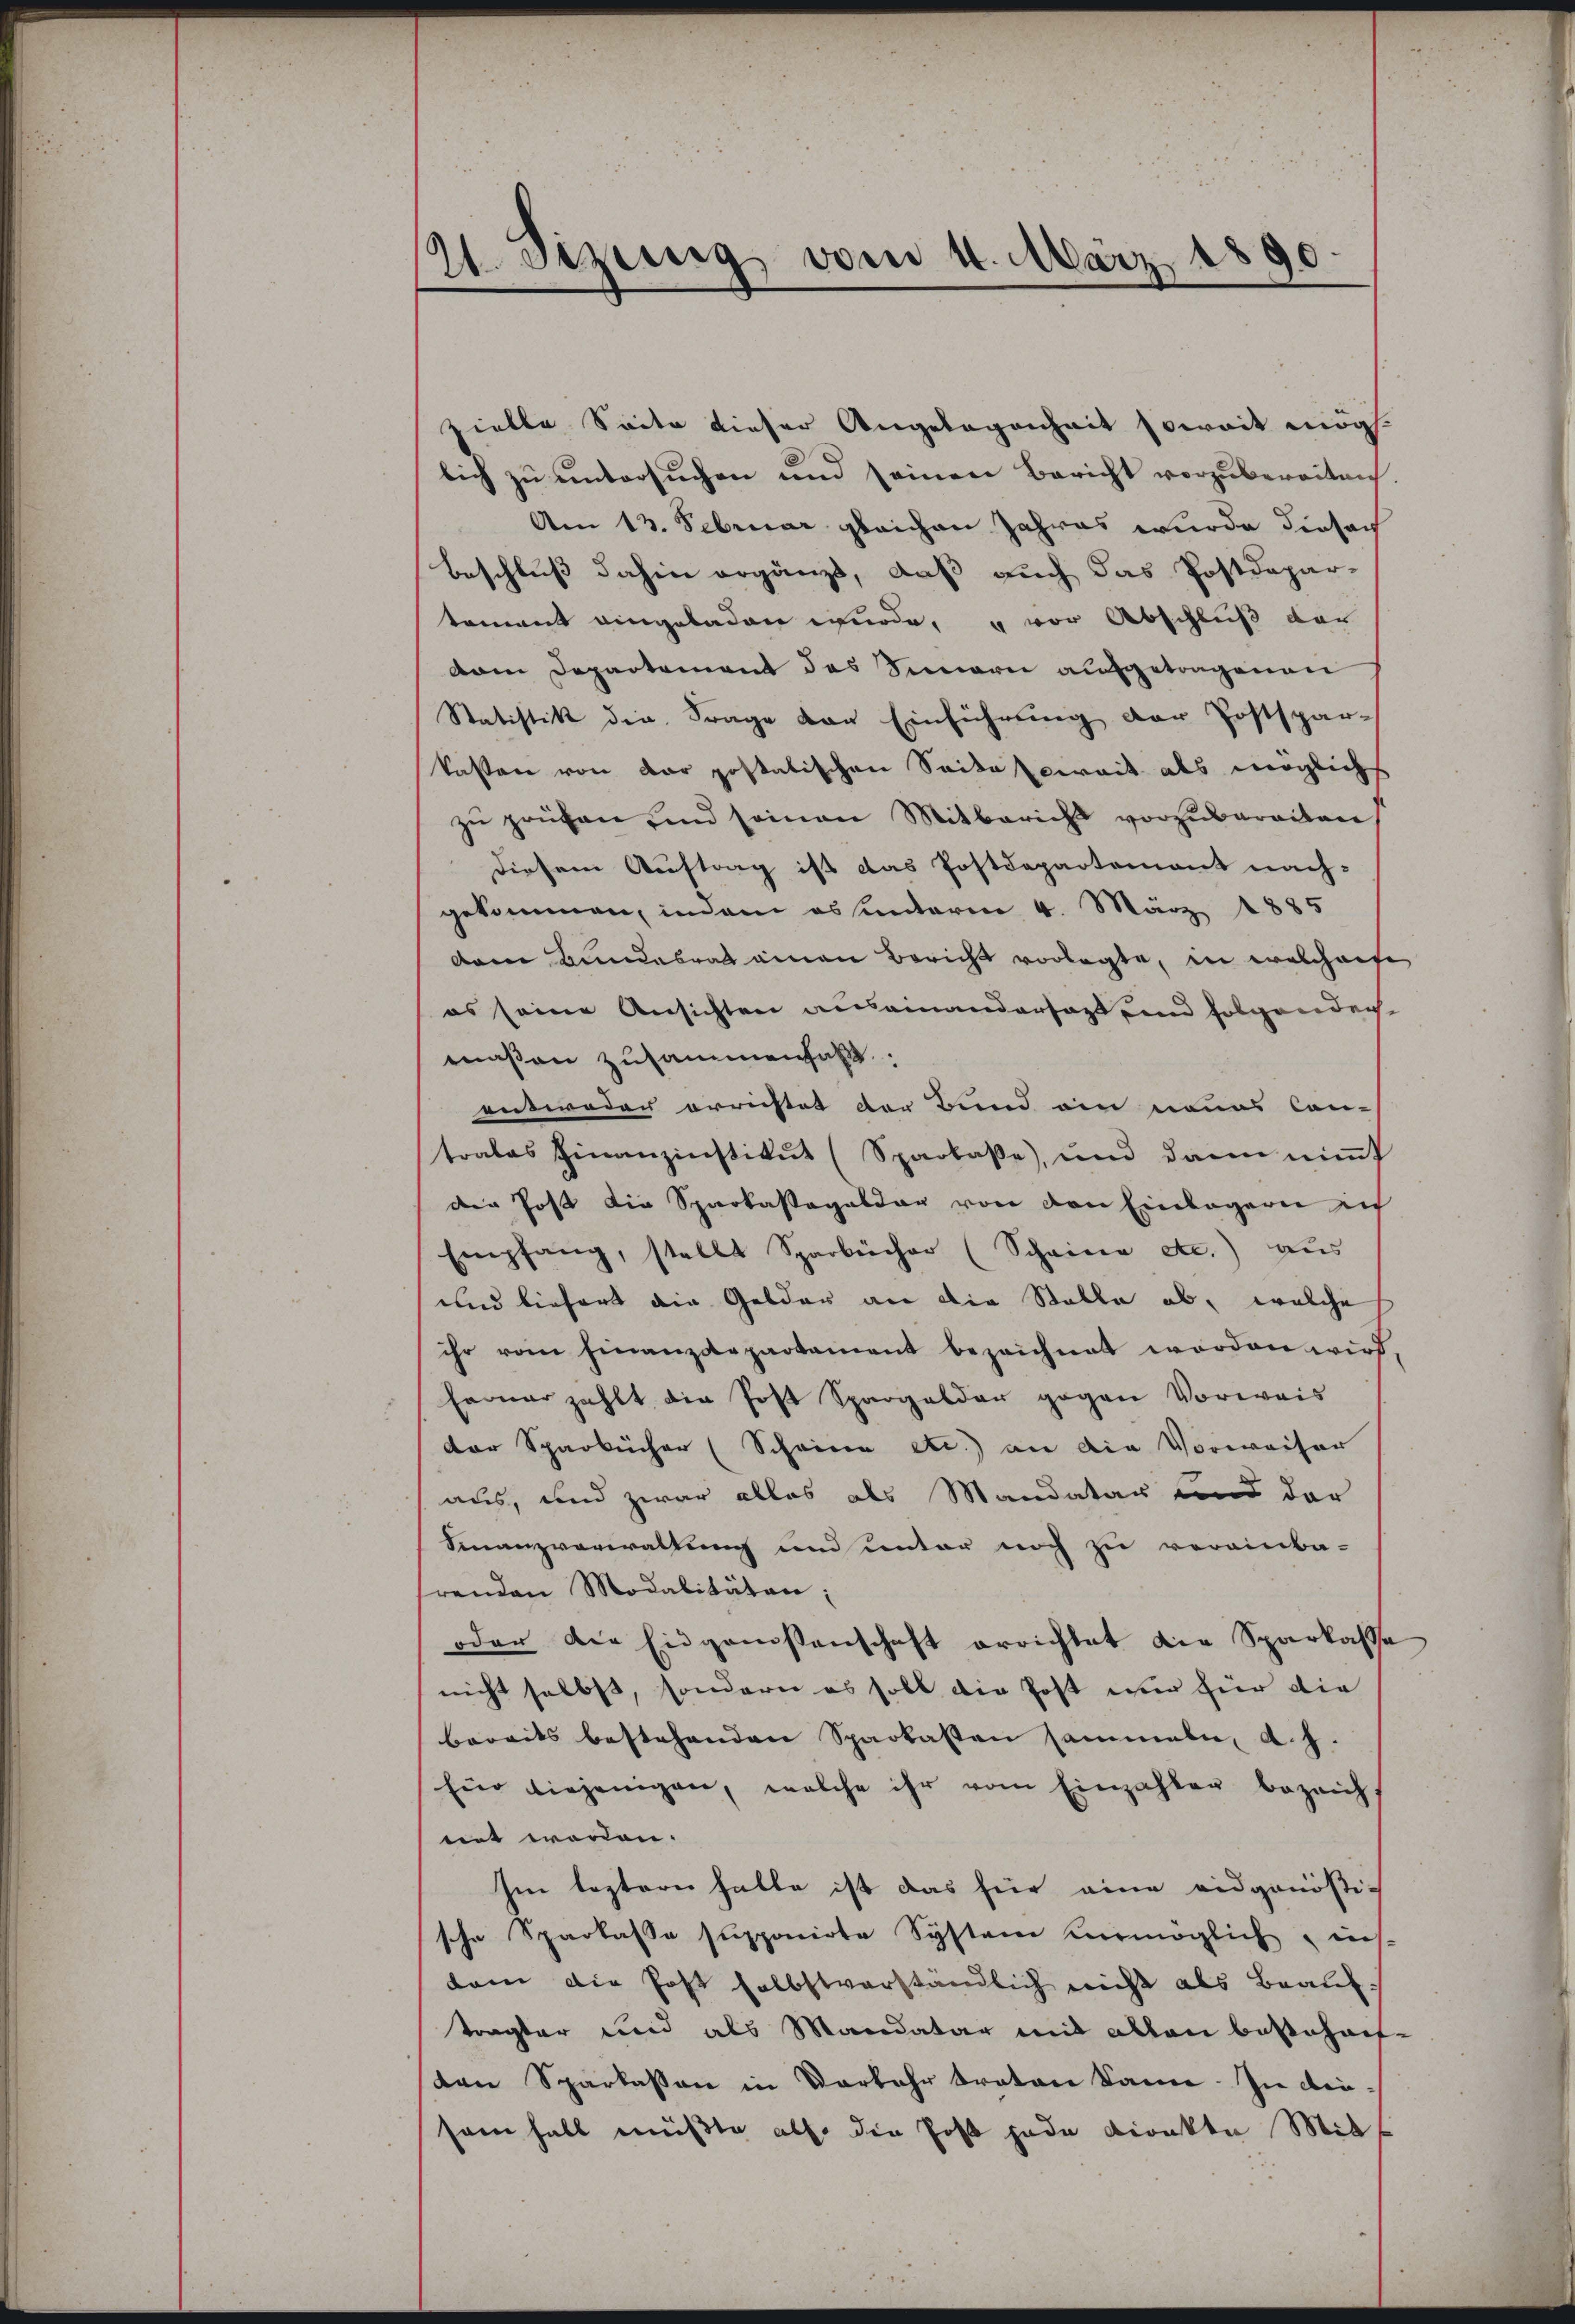
)
A. sezung vom 4. März 1890.

zielle Seite dieser Angelegenheit soweit mög
lich zu untersuchen und seinen Bericht vorzubereiten
Am 13. Februar gleichen Jahres wurde diesach
Beschluß dahin ergänzt, daß auch das Postdepar-
tement eingeladen wurde, u vor Abschluß der
vem Departement des Sinnern aufgetragenen
Statistik die Frage von Einführung der Postspar-
kasten von der postatischen Seite soweit als möglich
zu prüfen und seinen Mitberich vorzubereiten
diesem Auftrag ist das Postdepartement nach-
gekommen, indem es unterm 4. März 1885
dem Bundesrat einen Bericht vorlegte, in welchaufe
es seine Ansichten auseinandersagt sind folgenden
maßen zusammenhal
entweder errichtet der Bund ain neues Can-
trales Finanzinstitut (Sparkase, und dann nimmt
der Post die Sparkassagelder von den Einlagern zu
Empfang, stellt Sparbücher (Scheine etc.) aus
und tiefert die Gelder an die Stelle ab, welche
ihr vom Finanzdepartament bezeichnet worden wird.
Ferner zahlt die Post Spargelder gegen Vorwais
der Sparkücher (Scheine etc.) an die Vorweiser
aus, und zwar alles als Mandatar und der
Finanzverwaltung und unter noch zu verainba-
renden Modalitäten:
oder die Eingarissenschaft errichtet die Sparkasse
nicht selbst, sondern es soll die Post nur für die
bereits bestehenden Sparkasten sammeln, d. J.
Eür diejenigen, welche ihr vom Einzahler bezeich-
net worden.
Im leztern halbe ist das für eine eidgenössi-
sche Sparkassa supponirte System vermöglich - ich
dam die Post selbstverständlich nicht als Beauftragter und als Mandatar mit allen bestehens-
den Sparkassen in Vorkehr traton kann. In diesam halt müßte also die Post jede direkte Mitt